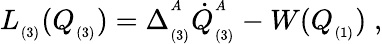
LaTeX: L_{_{(3)}}(Q_{_{(3)}})=\Delta_{_{(3)}}^{^{A}}\dot{Q}_{_{(3)}}^{^{A}}-W(Q_{_{(1)}})\; ,